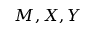
M , X , Y